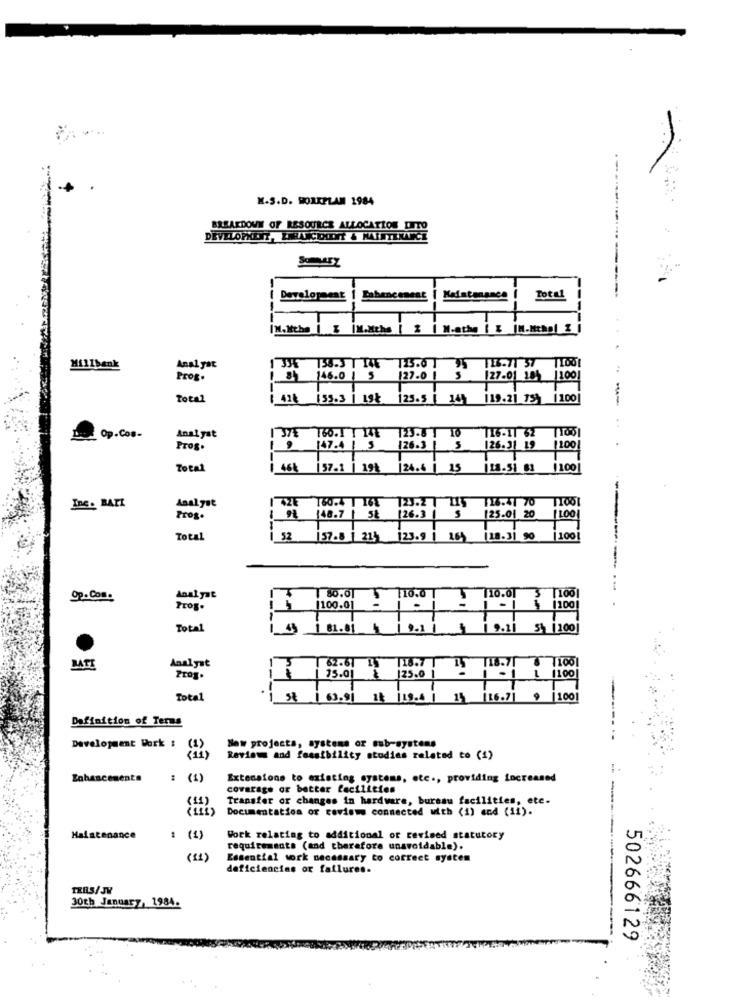
M.S.D. WORKPLAN 1984
BREAKDOWN OF RESOURCE ALLOCATION DITO
DEVELOPMENT, ERRANCEANÝ & MAINTENANCE
SomLesz
Development
Lahencement
Total
|M. Nthe | Z |M.Xthe [ % | M-athe [ & |M.Mithal %
1 3JE
Millbank
Anal yat
723.0 1
Prog.
1 8 146.0 | 5
127.0 1
S
[27-01 104 11001
Total
/428 135.3| 198
125.5 [ 14] 119.21 75} |100
Analyst
160.1 T 14E
116-11 62
Op. Cos-
1 372
123.8 T
Prog.
47.4 1 5
126.3_
126.31 19
1100
Total
57.1
191
|24.4 | 15
118-51 81
1100
Analyst
160-4 T 162
23.2 7 119
126.47 70
Inc. BATI
[26.3
Prog.
148.7 | 5&
125.01 20
Total
52
157-8 | 21 123.9 1
18.31 90 |1001
Op . Com.
Anal yat
110.01
100
Prog.
1100
Total
1 81.81
1 9.1
19.11
5 |100
Analyst
3
62-61 15
118.7 |
118.71
8 1100
BATI
125.0
Prog.
15.01 &
-1
L 1100
Total
ist
1 63.91 14 119.4 1
116.71
100
Definition of Terms
Development bork :
New projects, systems or sub-systems
Reviews and feasibility studies related to (1)
Enhancements
(1)
Extensions to existing systems, etc ., providing increased
coverage or better facilities
-
Transfer or changes in hardware, bureau facilities, etc.
Documentation or reviews connected with (1) and (ii).
Maistenance
: (1)
Work relating to additional or revised statutory
requirements (and therefore unavoidable).
Essential work necessary to correct system
deficiencias or failures.
TERS/JV
30th January, 1984.
502666129